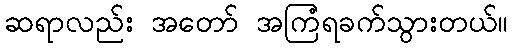
ဆရာလည်း အတော် အကြံရခက်သွားတယ်။